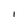
Character: 1